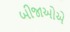
બીજાઓએ